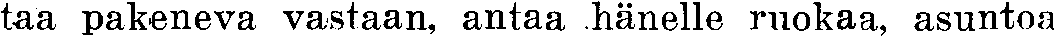
taa pakeneva vastaan, antaa hänelle ruokaa, asuntoa